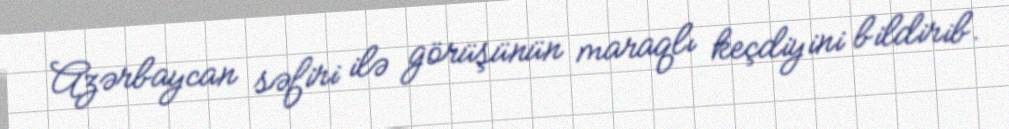
Azərbaycan səfiri ilə görüşünün maraqlı keçdiyini bildirib.